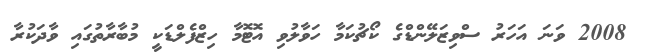
2008 ވަނަ އަހަރު ސްވިޒަލޭންޑްގެ ކޯޗުކަމާ ހަވާލުވި އޮޓޮމާ ހިޒްފެލްޑަކީ މުބާރާތުގައި ވާދަކުރާ